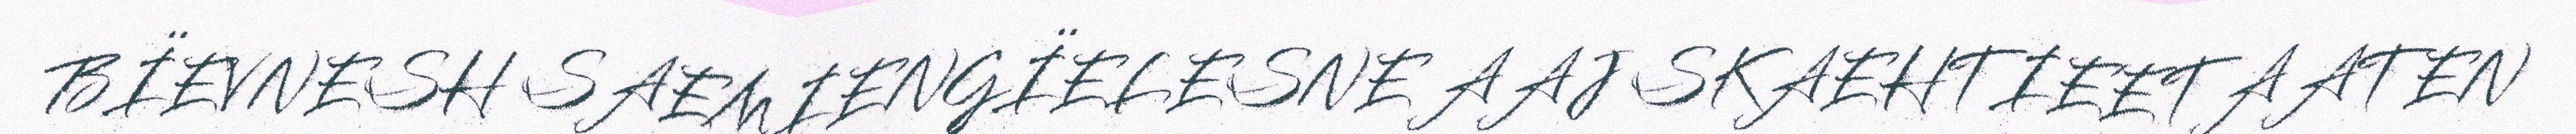
BÏEVNESH SAEMIENGÏELESNE AAJ SKAEHTIEETAATEN